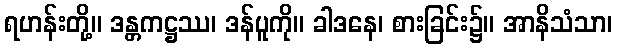
ရဟန်းတို့။ ဒန္တကဋ္ဌဿ၊ ဒန်ပူကို။ ခါဒနေ၊ စားခြင်း၌။ အာနိသံသာ၊